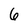
Character: 6